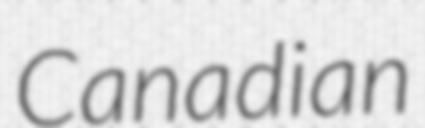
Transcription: Canadian